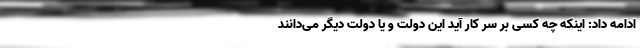
ادامه داد: اینکه چه کسی بر سر کار آید این دولت و یا دولت دیگر می‌دانند